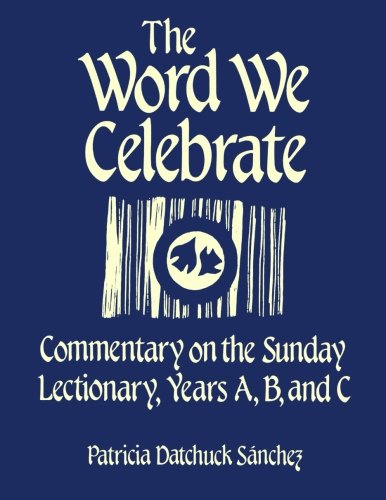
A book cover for The Word We Celebrate: Commentary on the Sunday Lectionary, Years A, B & C; Patricia Datchuck Sanchez; Religion & Spirituality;